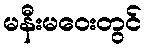
မနီးမဝေးတွင်